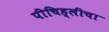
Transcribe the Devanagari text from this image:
पीचिह्लीचा